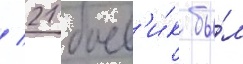
/ 21 боев'и́к бы́л